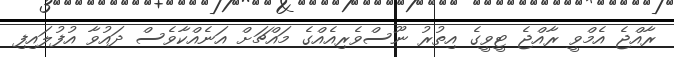
ރާއްޖެ އެމްވީ ރާއްޖެ ޓީވީގެ އިތުރު ނޫސްވެރިއެއްގެ މައްޗަށް އަނެއްކާވެސް ދައުވާ އުފުލައިފި